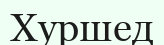
Хуршед